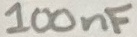
Text: 100nF